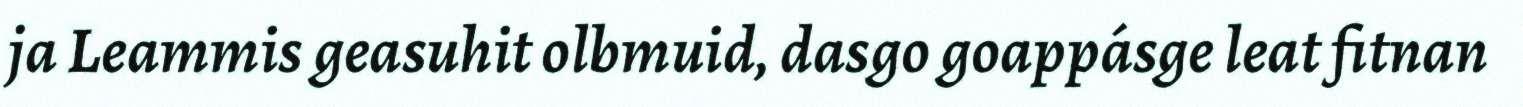
ja Leammis geasuhit olbmuid, dasgo goappásge leat fitnan